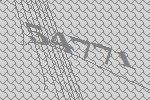
54771